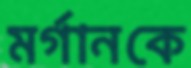
মর্গানকে